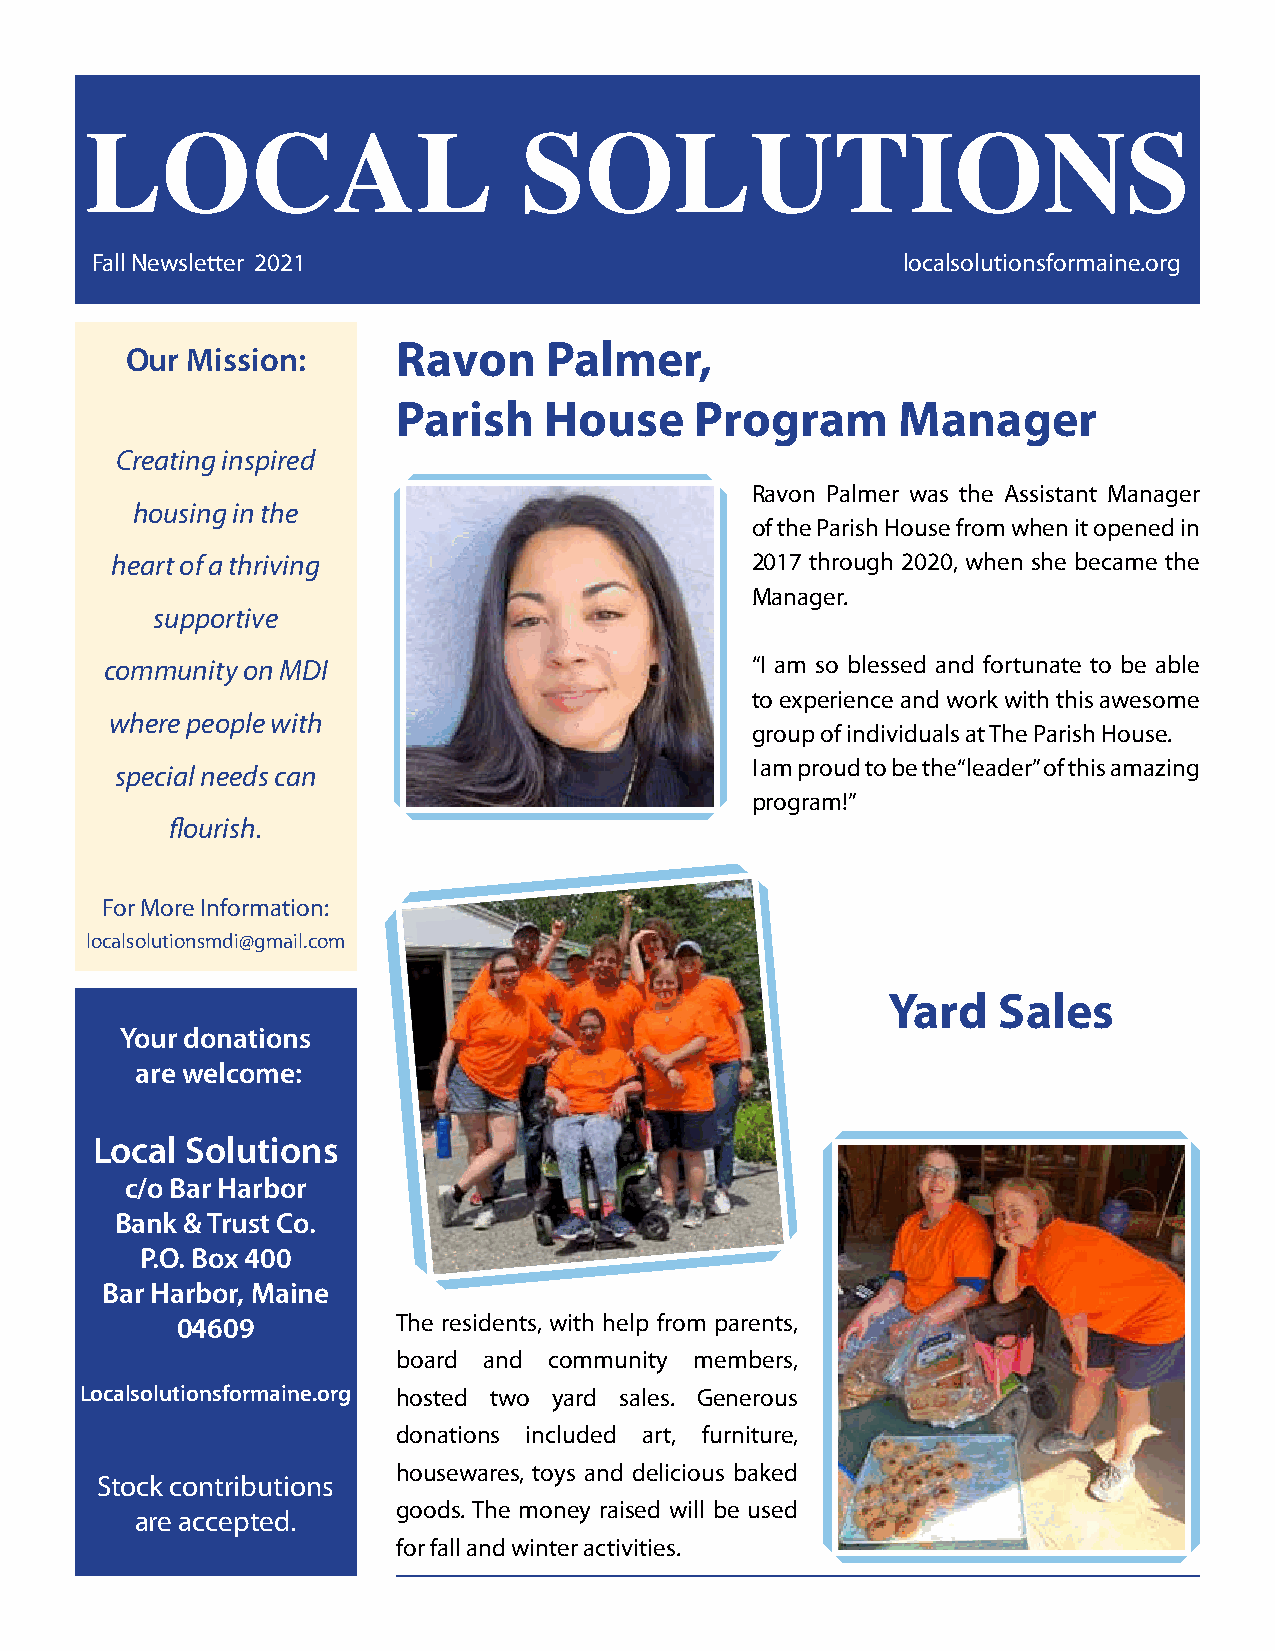
LOCAL                        SOLUTIONS
 Fall Newsletter 2021                                  localsolutionsformaine.org
 Ravon     Palmer,
 Our Mission:
 Parish    House     Program      Manager
 Creating inspired
 Ravon Palmer was the Assistant Manager
 housing in the
 of the Parish House from when it opened in
 heart of a thriving                        2017 through 2020, when she became the
 Manager.
 supportive
 community on MDI                           “I am so blessed and fortunate to be able
 to experience and work with this awesome
 where people with
 group of individuals at The Parish House.
 I am proud to be the “leader” of this amazing
 special needs can
 program!”
 flourish.
 For More Information:
 localsolutionsmdi@gmail.com
 Yard   Sales
 Your donations
 are welcome:
 Local Solutions
 c/o Bar Harbor
 Bank & Trust Co.
 P.O. Box 400
 Bar Harbor, Maine
 04609         The residents, with help from parents,
 board and community members,
 Localsolutionsformaine.org hosted two yard sales. Generous
 donations included art, furniture,
 housewares, toys and delicious baked
 Stock contributions
 goods. The money raised will be used
 are accepted.
 for fall and winter activities.